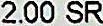
2.00 SR